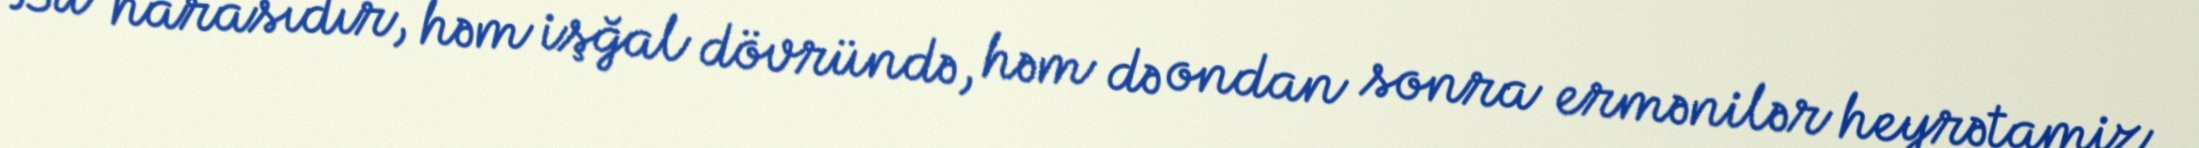
Bu harasıdır, həm işğal dövründə, həm də ondan sonra ermənilər heyrətamiz